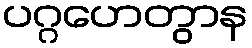
ပဂ္ဂဟေတွာန